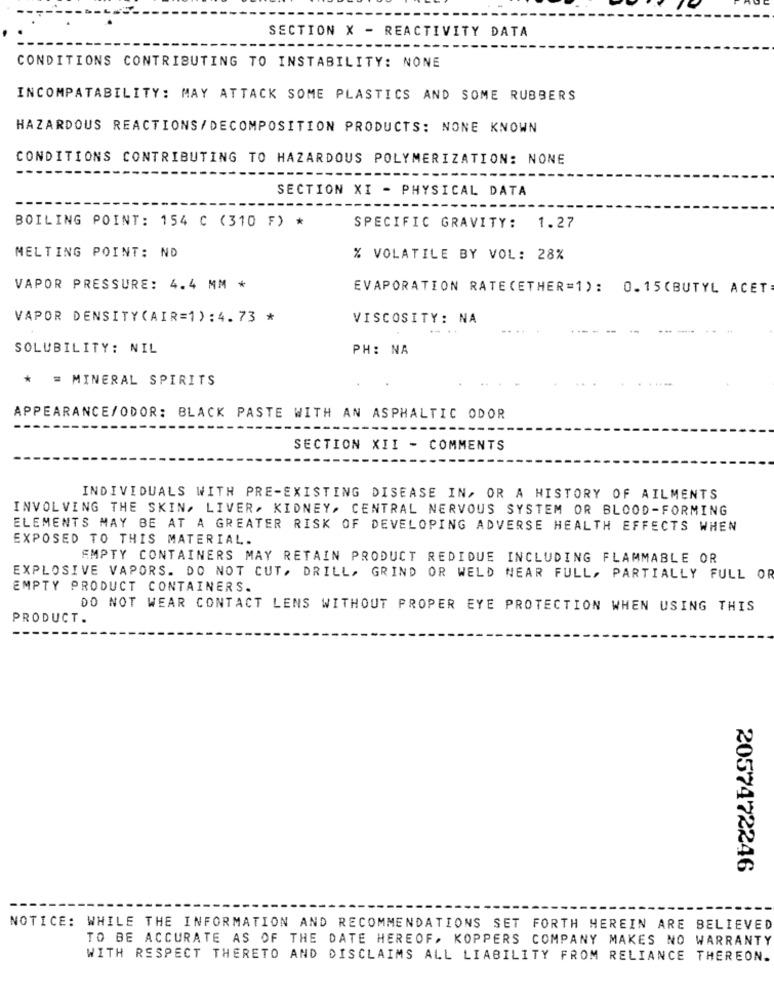
SECTION X - REACTIVITY DATA
CONDITIONS CONTRIBUTING TO INSTABILITY: NONE
INCOMPATABILITY: MAY ATTACK SOME PLASTICS AND SOME RUBBERS
HAZARDOUS REACTIONS/DECOMPOSITION PRODUCTS: NONE KNOWN
CONDITIONS CONTRIBUTING TO HAZARDOUS POLYMERIZATION: NONE
SECTION XI - PHYSICAL DATA
BOILING POINT: 154 C (310 F) *
SPECIFIC GRAVITY: 1.27
MELTING POINT: ND
% VOLATILE BY VOL: 28%
VAPOR PRESSURE: 4.4 MM *
EVAPORATION RATE(ETHER=1): 0.15(BUTYL ACET
VAPOR DENSITY(AIR=1):4.73 *
VISCOSITY: NA
SOLUBILITY: NIL
PH: NA
* = MINERAL SPIRITS
APPEARANCE/ODOR: BLACK PASTE WITH AN ASPHALTIC ODOR
SECTION XII - COMMENTS
INDIVIDUALS WITH PRE-EXISTING DISEASE IN, OR A HISTORY OF AILMENTS
INVOLVING THE SKIN, LIVER, KIDNEY, CENTRAL NERVOUS SYSTEM OR BLOOD-FORMING
ELEMENTS MAY BE AT A GREATER RISK OF DEVELOPING ADVERSE HEALTH EFFECTS WHEN
EXPOSED TO THIS MATERIAL.
EMPTY CONTAINERS MAY RETAIN PRODUCT REDIDUE INCLUDING FLAMMABLE OR
EXPLOSIVE VAPORS. DO NOT CUT, DRILL, GRIND OR WELD NEAR FULL, PARTIALLY FULL OR
EMPTY PRODUCT CONTAINERS.
DO NOT WEAR CONTACT LENS WITHOUT PROPER EYE PROTECTION WHEN USING THIS
PRODUCT.
2057472246
NOTICE: WHILE THE INFORMATION AND RECOMMENDATIONS SET FORTH HEREIN ARE BELIEVED
TO BE ACCURATE AS OF THE DATE HEREOF. KOPPERS COMPANY MAKES NO WARRANTY
WITH RESPECT THERETO AND DISCLAIMS ALL LIABILITY FROM RELIANCE THEREON.